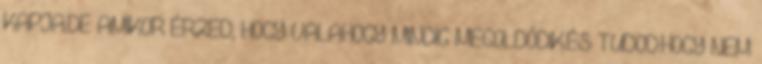
KAPJA.DE AMIKOR ÉRZED, HOGY VALAHOGY MINDIG MEGOLDÓDIK.ÉS TUDOD.HOGY NEM